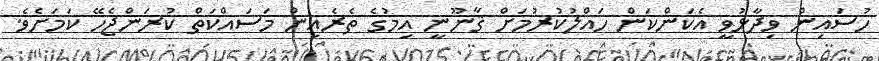
ހުސައިން ވިދާޅުވީ އެކަންކަން ހައްލުކުރުމަށް ޤާނޫނީ އިމުގެ ތެރެއިން މަސައްކަތް ކުރަންޖެހޭ ކަމަށެވެ.